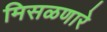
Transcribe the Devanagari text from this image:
मिसळणारे